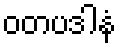
ဝတပဒါနံ